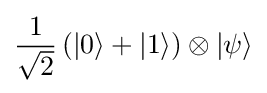
{\frac {1}{\sqrt {2}}}\left(\left|0\right\rangle +\left|1\right\rangle \right)\otimes \left|\psi \right\rangle